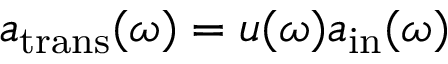
a _ { \mathrm { t r a n s } } ( \omega ) = u ( \omega ) a _ { \mathrm { i n } } ( \omega )